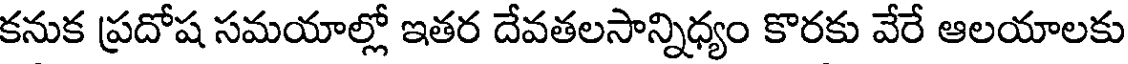
కనుక ప్రదోష సమయాల్లో ఇతర దేవతలసాన్నిధ్యం కొరకు వేరే ఆలయాలకు